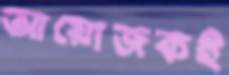
আয়োজকই